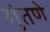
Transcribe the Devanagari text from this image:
गुंतणे